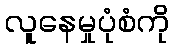
လူနေမှုပုံစံကို